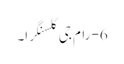
6- رام جی کلسنگرا۔